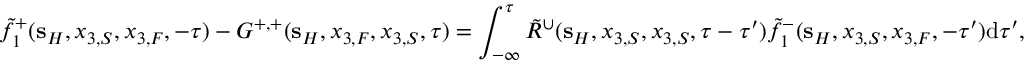
\tilde { f } _ { 1 } ^ { + } ( { \bf s } _ { H } , x _ { 3 , S } , x _ { 3 , F } , - \tau ) - G ^ { + , + } ( { \bf s } _ { H } , x _ { 3 , F } , x _ { 3 , S } , \tau ) = \int _ { - \infty } ^ { \tau } \tilde { R } ^ { \cup } ( { \bf s } _ { H } , x _ { 3 , S } , x _ { 3 , S } , \tau - \tau ^ { \prime } ) \tilde { f } _ { 1 } ^ { - } ( { \bf s } _ { H } , x _ { 3 , S } , x _ { 3 , F } , - \tau ^ { \prime } ) \mathrm { d } \tau ^ { \prime } ,